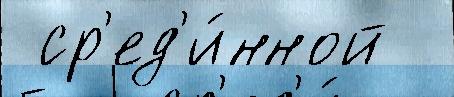
 ср'ед'и́нной